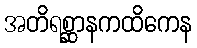
အတိရစ္ဆာနကထိကေန